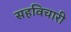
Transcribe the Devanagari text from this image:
सहविचारी